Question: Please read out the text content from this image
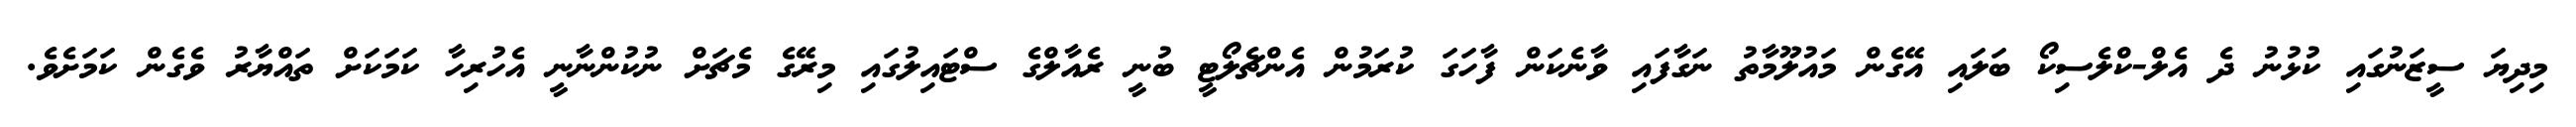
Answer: މިދިޔަ ސީޒަނުގައި ކުޅުނު ދެ އެލް-ކްލެސިކޯ ބަލައި އޭގެން މައުލޫމާތު ނަގާފައި ވާނެކަން ފާހަގަ ކުރަމުން އެންޗެލޯޓީ ބުނީ ރެއާލްގެ ސްޓައިލުގައި މިރޭގެ މެޗަށް ނުކުންނާނީ އެހުރިހާ ކަމަކަށް ތައްޔާރު ވެގެން ކަމަށެވެ.